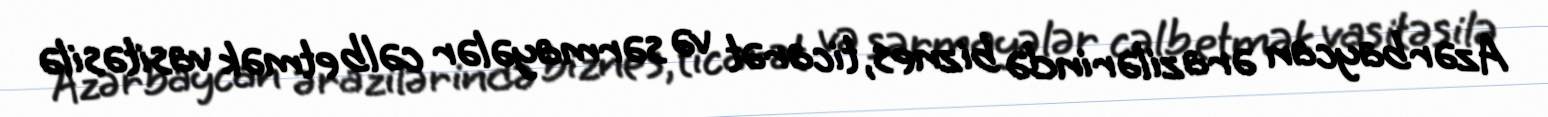
Azərbaycan ərazilərində biznes, ticarət və sərmayələr cəlb etmək vasitəsilə